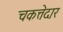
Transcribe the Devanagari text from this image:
चकत्तेदार